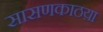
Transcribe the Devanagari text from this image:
सासणकाठय़ा